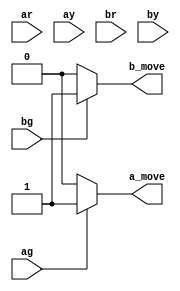
// 2 traffic lights between sides a and b that are perpendicular to one another.
// a : N-s traffic lights.
// b : E-W traffic lights.
// Functionality of traffic lights is independent of one another.
// Logic is simple, when green then move otherwise stop.
 
module traffic_four(ar,ag,ay,br,bg,by,a_move,b_move);
	input ar,ag,ay,br,bg,by;
	output a_move,b_move ;
	reg a_move,b_move;
	always @(*) begin
	if(ag==1)
		begin
		    a_move=1;
		end
	else 
		begin
		    a_move=0;
		end
		
	if(bg==1)
		begin
		    b_move=1;
		end
	else 
		begin
		    b_move=0;
		end
		
	end
endmodule




module testbench;

	reg ar,ag,ay,br,bg,by;
	wire a_move,b_move;
	traffic_four t(ar,ag,ay,br,bg,by,a_move,b_move);
	initial begin
	$dumpfile("vcd/TrafficLightsTwo.vcd");
	$dumpvars(0,testbench);
	$display("ar\tag\tay\t\tbr\tbg\tby\t\ta_move\tb_move");
	$monitor("%b\t%b\t%b\t\t%b\t%b\t%b\t\t%b\t%b\t",ar,ag,ay,br,bg,by,a_move,b_move);

		ag=0;    ar=1;    ay=0;    bg=1;    br=0;    by=0;    #30
		ag=0;    ar=1;    ay=0;    bg=0;    br=0;    by=1;    #15
		ag=1;    ar=0;    ay=0;    bg=0;    br=1;    by=0;    #30
		ag=0;    ar=0;    ay=1;    bg=0;    br=1;    by=0;    #15
	$finish;

	end
endmodule